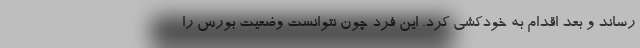
رساند و بعد اقدام به خودکشی کرد. این فرد چون نتوانست وضعیت بورس را